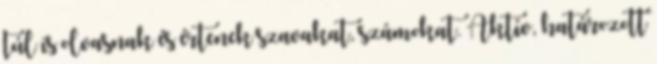
túl is olvasnak és értenek szavakat, számokat. Aktív, határozott